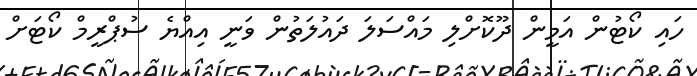
ހައި ކޯޓުން އަމީން ދޫކޮށްލި މައްސަލަ ދައުލަތުން ވަނީ އިއްޔެ ސުޕްރީމް ކޯޓަށް